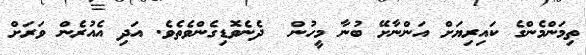
ތިމަންމެންގެ ކައިރިޔަށް އަންނާށޭ ބުނާ މީހުން  ދެނެވޮޑިގެންވެތެވެ. އަދި އެއުރެން ވަރަށް